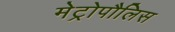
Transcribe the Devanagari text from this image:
मेट्रोपौलिस